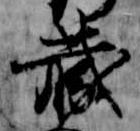
蔵